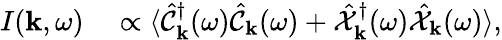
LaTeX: \begin{array}{rl}{I({\mathbf k},\omega)}&{{}\propto\langle\hat{\mathcal{C}}_{\mathbf k}^{\dagger}(\omega)\hat{\mathcal{C}}_{\mathbf k}(\omega)+\hat{\mathcal{X}}_{\mathbf k}^{\dagger}(\omega)\hat{\mathcal{X}}_{\mathbf k}(\omega)\rangle,}\end{array}